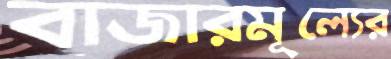
বাজারমূল্যের